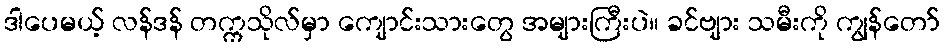
ဒါပေမယ့် လန်ဒန် တက္ကသိုလ်မှာ ကျောင်းသားတွေ အများကြီးပဲ။ ခင်ဗျား သမီးကို ကျွန်တော်